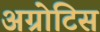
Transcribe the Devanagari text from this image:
अग्रोटिस